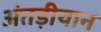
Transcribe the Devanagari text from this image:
अंतड़ीयान